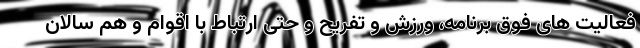
فعالیت های فوق برنامه، ورزش و تفریح و حتی ارتباط با اقوام و هم سالان